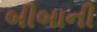
બીબાની